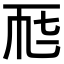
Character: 𠀣